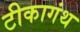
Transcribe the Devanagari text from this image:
टीकागंथ